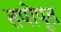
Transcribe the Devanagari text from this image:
तपोपूत